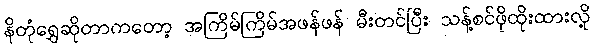
နိတုံရွှေဆိုတာကတော့ အကြိမ်ကြိမ်အဖန်ဖန် မီးတင်ပြီး သန့်စင်ဖိုထိုးထားလို့